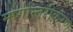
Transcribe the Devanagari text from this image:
मार्गान्तरीकरण